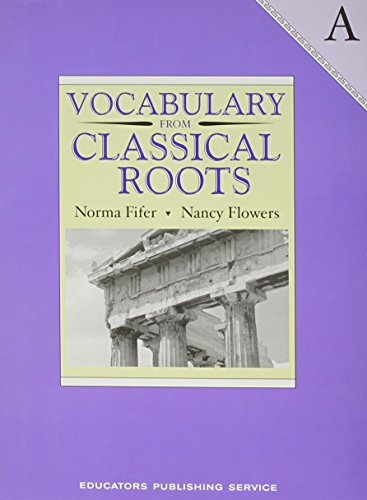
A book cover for Vocabulary from Classical Roots - A; Nancy Flowers; Teen & Young Adult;